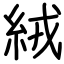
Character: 絨